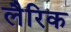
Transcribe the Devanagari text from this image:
लैरिक